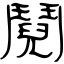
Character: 鬩